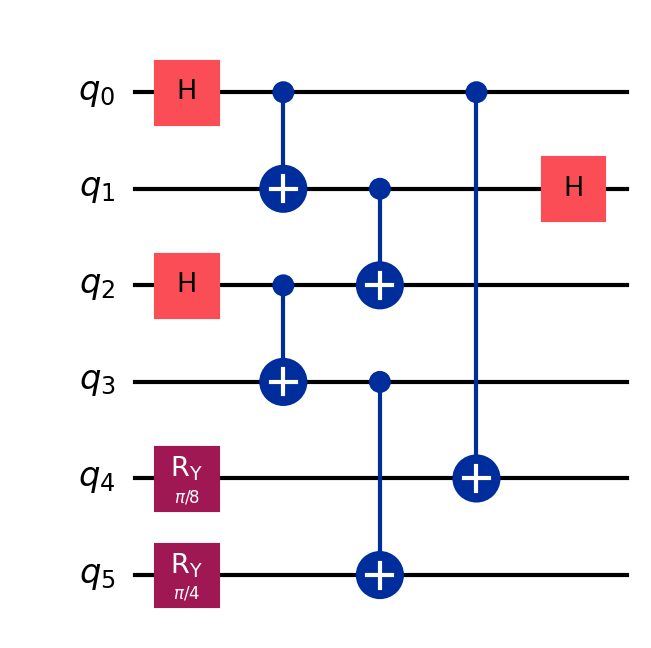
Description: 3-node QKD network with entanglement swapping
描述: 带纠缠交换的3节点QKD网络
Category: btc_quantum_security (difficulty: advanced)
Qubits: 6, circuit depth: 4
Blockchain relevance: btc_security

Braket implementation:
import math
from braket.circuits import Circuit
circuit = Circuit()
circuit.h(0).cnot(0, 1)
circuit.h(2).cnot(2, 3)
circuit.cnot(1, 2).h(1)
circuit.ry(4, math.pi/8).ry(5, math.pi/4)
circuit.cnot(0, 4).cnot(3, 5)